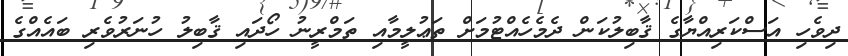
ދިވެހި އަސްކަރިއްޔާގެ ޤާބިލުކަން ދެމެހެއްޓުމަށް ތަޢުލީމާއި ތަމްރީނު ހޯދައި ޤާބިލު ހުނަރުވެރި ބައެއްގެ